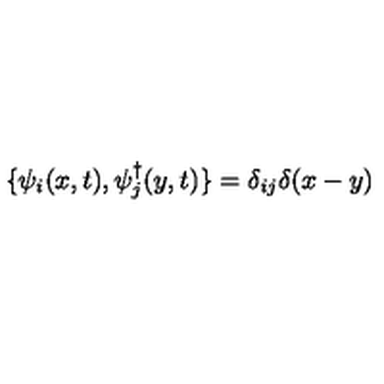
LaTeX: \{ \psi _ { i } ( x , t ) , \psi _ { j } ^ { \dagger } ( y , t ) \} = \delta _ { i j } \delta ( x - y )